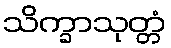
သိက္ခာသုတ္တံ